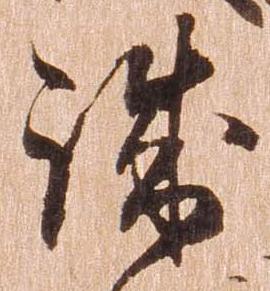
誠